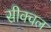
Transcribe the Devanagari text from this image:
सीक्‍वल